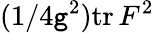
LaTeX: (1/4\mathtt{g}^{2})\mathrm{{tr}}\, F^{2}